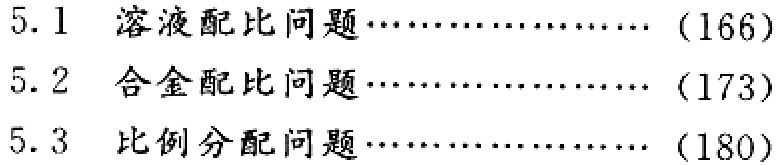
5.1 溶液配比问题\(\cdots\cdots\cdots\cdots\cdots\cdots\)（166）

5.2 合金配比问题\(\cdots\cdots\cdots\cdots\cdots\cdots\)（173）

5.3 比例分配问题\(\cdots\cdots\cdots\cdots\cdots\cdots\)（180）